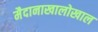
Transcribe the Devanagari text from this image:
मैदानाखालोखाल